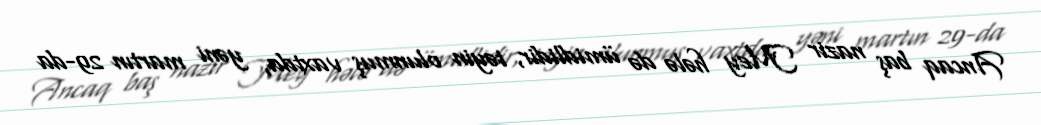
Ancaq baş nazir Mey hələ də ümidlidir, təyin olunmuş vaxtda, yəni martın 29-da